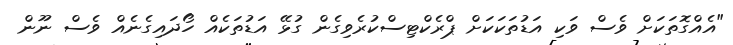
"އެއްގޮތަކަށް ވެސް ވަކި އަޑުތަކަކަށް ޕްރެކްޓިސްކުރެވިގެން ގުޅޭ އަޑުތަކެއް ހޯދައިގެނެއް ވެސް ނޫން